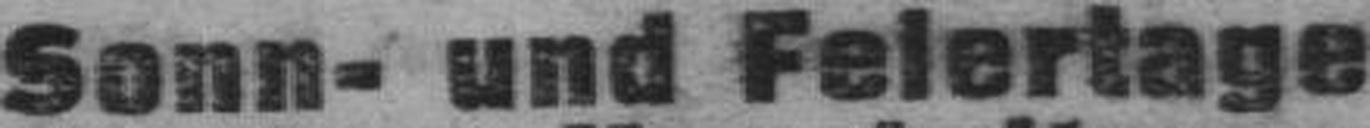
Sonn- und Feiertage